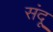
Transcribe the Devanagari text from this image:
संदू